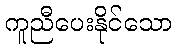
ကူညီပေးနိုင်သော